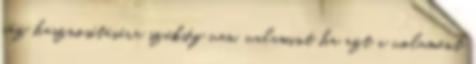
gáz hasznosítására szükség van, valamint ha azt a volument